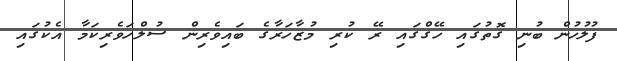
ފުލުހުން ބުނި ގޮތުގައި ހޭގްގައި ރޭ ކުރި މުޒާހަރާގެ ބައިވެރިން ސުލްހަވެރިކަމާ އެކުގައި